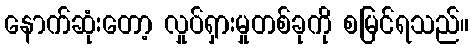
နောက်ဆုံးတော့ လှုပ်ရှားမှုတစ်ခုကို စမြင်ရသည်။